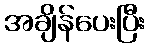
အချိန်ပေးပြီး